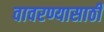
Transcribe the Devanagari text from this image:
वावरण्यासाठी